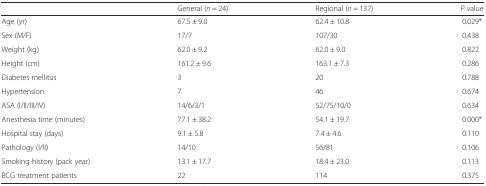
|  | General (n = 24) | Regional (n = 137) | P value |
 | --- | --- | --- | --- |
 | Age (yr) | 67.5 ± 9.0 | 62.4 ± 10.8 | 0.029* |
 | Sex (M/F) | 17/7 | 107/30 | 0.438 |
 | Weight (kg) | 62.0 ± 9.2 | 62.0 ± 9.0 | 0.822 |
 | Height (cm) | 161.2 ± 9.6 | 163.1 ± 7.3 | 0.286 |
 | Diabetes mellitus | 3 | 20 | 0.788 |
 | Hypertension | 7 | 46 | 0.674 |
 | ASA (I/II/III/IV) | 14/6/3/1 | 52/75/10/0 | 0.634 |
 | Anesthesia time (minutes) | 77.1 ± 38.2 | 54.1 ± 19.7 | 0.000* |
 | Hospital stay (days) | 9.1 ± 5.8 | 7.4 ± 4.6 | 0.110 |
 | Pathology (I/II) | 14/10 | 56/81 | 0.106 |
 | Smoking history (pack year) | 13.1 ± 17.7 | 18.4 ± 23.0 | 0.113 |
 | BCG treatment patients | 22 | 114 | 0.375 |